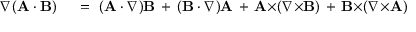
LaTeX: \begin{array} { r l } { \nabla ( \mathbf { A } \cdot \mathbf { B } ) } & { { } \ = \ ( \mathbf { A } \cdot \nabla ) \mathbf { B } \, + \, ( \mathbf { B } \cdot \nabla ) \mathbf { A } \, + \, \mathbf { A } { \times } ( \nabla { \times } \mathbf { B } ) \, + \, \mathbf { B } { \times } ( \nabla { \times } \mathbf { A } ) } \end{array}